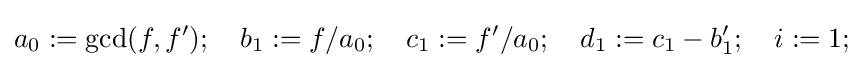
a_{0}:=\gcd(f,f');\quad b_{1}:=f/a_{0};\quad c_{1}:=f'/a_{0};\quad d_{1}:=c_{1}-b_{1}';\quad i:=1;